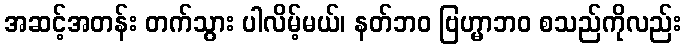
အဆင့်အတန်း တက်သွား ပါလိမ့်မယ်၊ နတ်ဘဝ ဗြဟ္မာဘဝ စသည်ကိုလည်း